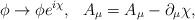
LaTeX: \begin{align*}\phi\rightarrow\phi e^{i\chi},\ \ A_{\mu}=A_{\mu}-\partial_{\mu}\chi,\end{align*}